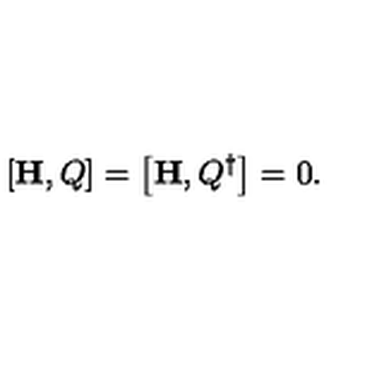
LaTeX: \left[ { \bf H } , Q \right] = \left[ { \bf H } , Q ^ { \dagger } \right] = 0 .